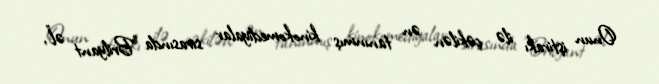
Onun iştirakı ilə çəkilən ən tanınmış kinokomediyalar sırasında "Brilyant əl",